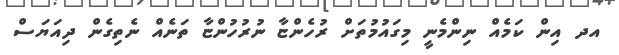
އދ އިން ކަމެއް ނިންމެނީ މިގައުމުތަށް ރުހެންޏާ ނުރުުހުންޏާ ތަނެއް ނެތިގެން ދިއަޔަސް